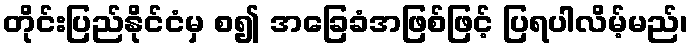
တိုင်းပြည်နိုင်ငံမှ စ၍ အခြေခံအဖြစ်ဖြင့် ပြရပါလိမ့်မည်၊